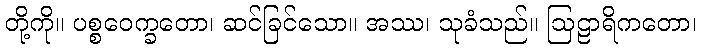
တို့ကို။ ပစ္စဝေက္ခတော၊ ဆင်ခြင်သော။ အဿ၊ သုခံသည်။ ဩဠာရိကတော၊